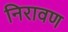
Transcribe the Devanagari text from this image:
निरावण